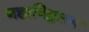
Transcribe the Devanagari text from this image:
महाविद्धलय